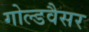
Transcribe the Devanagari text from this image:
गोल्डवैसर